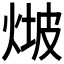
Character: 𤊫